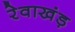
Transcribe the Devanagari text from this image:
रेवाखंड़